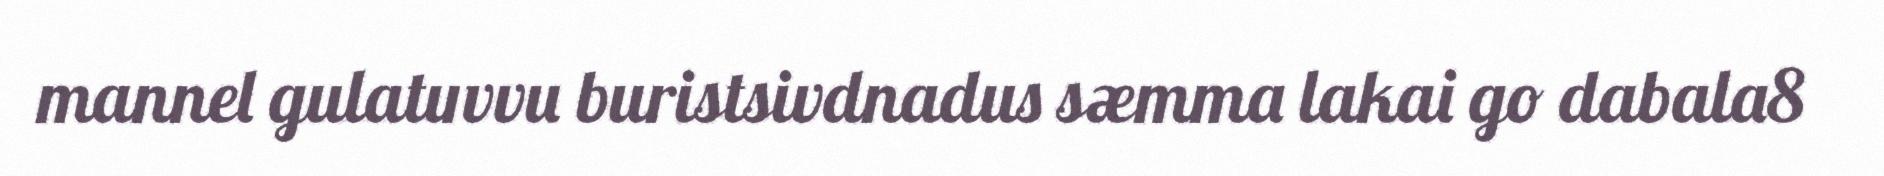
mannel gulatuvvu buristsivdnadus sæmma lakai go dabala8